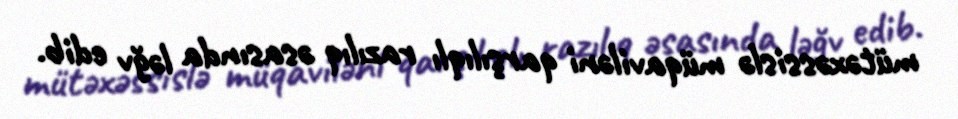
mütəxəssislə müqaviləni qarşılıqlı razılıq əsasında ləğv edib.